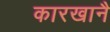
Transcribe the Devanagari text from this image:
कारखानै